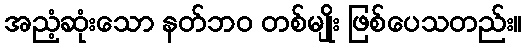
အညံ့ဆုံးသော နတ်ဘဝ တစ်မျိုး ဖြစ်ပေသတည်း။